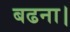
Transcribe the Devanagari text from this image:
बढना।